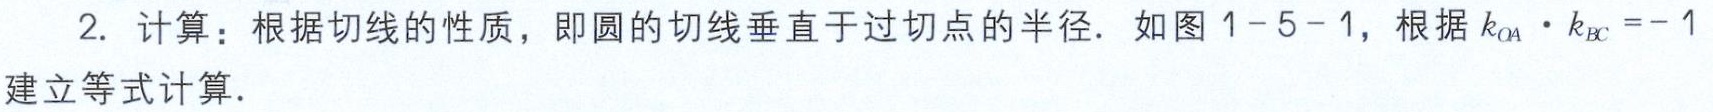
2. 计算：根据切线的性质，即圆的切线垂直于过切点的半径. 如图1-5-1，根据\(k_{OA}\cdot k_{BC}=-1\)建立等式计算.